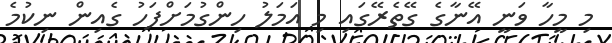
މި މީހާ ވަނީ އޭނާގެ ގޭތެރޭގައި މި އަމަލު ހިންގުމަށްފަހު ގެއިން ނިކުމެ